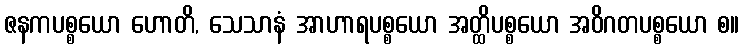
ဇနကပစ္စယော ဟောတိ, သေသာနံ အာဟာရပစ္စယော အတ္ထိပစ္စယော အဝိဂတပစ္စယော စ။